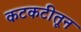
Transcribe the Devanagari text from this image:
कटकटीतून